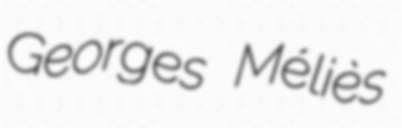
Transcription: Georges Méliès